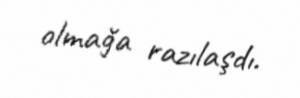
olmağa razılaşdı.